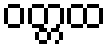
ဝတ္တထ